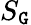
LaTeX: S_{\mathtt{G}}